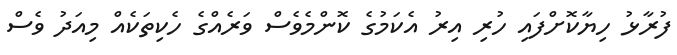
ފުރާޅު ހިޔާކޮށްފައި ހުރި އިރު އެކަމުގެ ކޮންމެވެސް ވަރެއްގެ ހެކިތަކެއް މިއަދު ވެސް